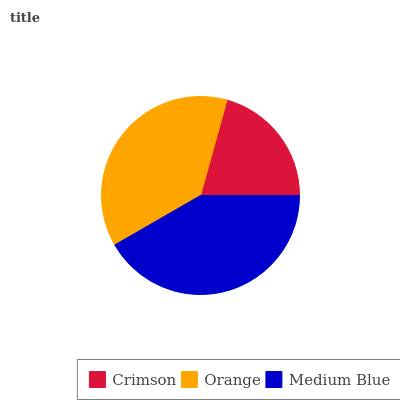
| Crimson | Orange | Medium Blue |
 | --- | --- | --- |
 | 20.7% | 37.6% | 41.7% |